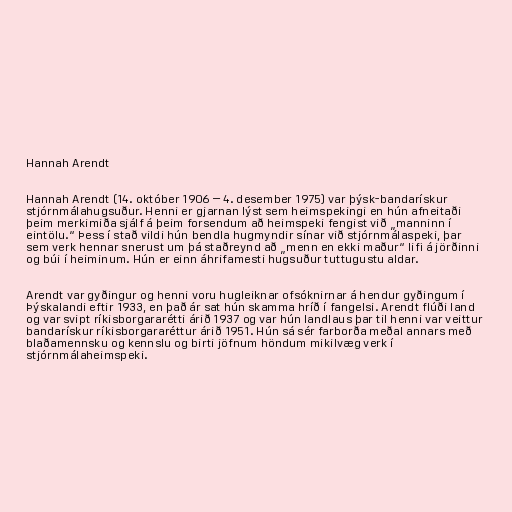
Hannah Arendt

Hannah Arendt (14. október 1906 – 4. desember 1975) var þýsk-bandarískur
stjórnmálahugsuður. Henni er gjarnan lýst sem heimspekingi en hún afneitaði
þeim merkimiða sjálf á þeim forsendum að heimspeki fengist við „manninn í
eintölu.“ Þess í stað vildi hún bendla hugmyndir sínar við stjórnmálaspeki, þar
sem verk hennar snerust um þá staðreynd að „menn en ekki maður“ lifi á jörðinni
og búi í heiminum. Hún er einn áhrifamesti hugsuður tuttugustu aldar.

Arendt var gyðingur og henni voru hugleiknar ofsóknirnar á hendur gyðingum í
Þýskalandi eftir 1933, en það ár sat hún skamma hríð í fangelsi. Arendt flúði land
og var svipt ríkisborgararétti árið 1937 og var hún landlaus þar til henni var veittur
bandarískur ríkisborgararéttur árið 1951. Hún sá sér farborða meðal annars með
blaðamennsku og kennslu og birti jöfnum höndum mikilvæg verk í
stjórnmálaheimspeki.